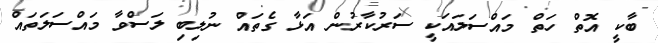
ބާކީ އޮތް ހަތް މައްސަލައަކީ ސަރުކާރުން އަޅާ ގެތައް ނުލިބި ލަސްވާ މައްސަލަތައް